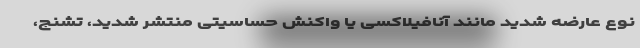
نوع عارضه شدید مانند آنافیلاکسی یا واکنش حساسیتی منتشر شدید، تشنج،